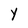
Character: Y